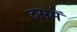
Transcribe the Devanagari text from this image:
दसमें